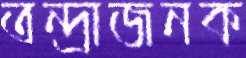
তন্দ্রাজনক